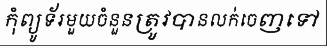
កុំព្យូទ័រមួយចំនួនត្រូវបានលក់ចេញទៅ